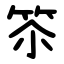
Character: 䇣